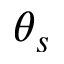
\theta _ { s }